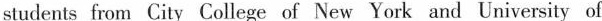
students from City College of New York and University of